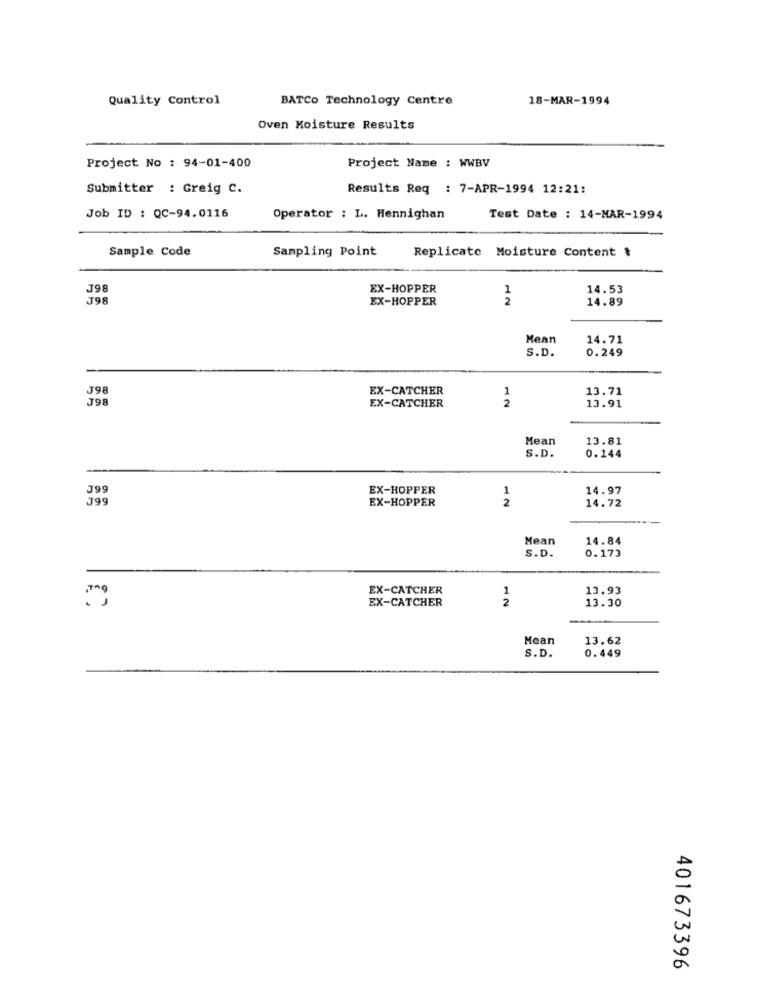
Quality Control
BATCO Technology Centre
18-MAR-1994
Oven Moisture Results
Project No : 94-01-400
Project Name : WWBV
Submitter : Greig C.
Results Req : 7-APR-1994 12:21:
Job ID : QC-94.0116
Operator : L. Hennighan
Test Date : 14-MAR-1994
Sample Code
Sampling Point
Replicate Moisture Content &
J98
EX-HOPPER
1
14.53
J98
EX-HOPPER
2
14.89
Mean
14.71
S.D.
0.249
J98
EX-CATCHER
13.71
J98
EX-CATCHER
1
2
13.91
Mean
13.81
0. 144
S.D.
J9
EX-HOPPER
1
14.97
J99
EX-HOPPER
2
14.72
Mean
14.84
S.D.
0.173
EX-CATCHER
1
13.93
EX-CATCHER
2
13.30
Mean
13.62
S.D.
0.449
401673396